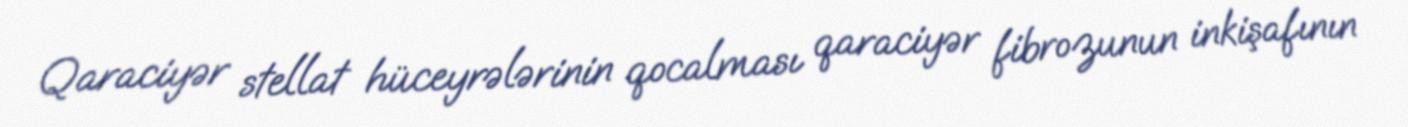
Qaraciyər stellat hüceyrələrinin qocalması qaraciyər fibrozunun inkişafının